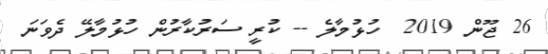
26 ޖޫން 2019  ހުޅުމާލެ -- ކުރީ ސަރުކާރުން ހުޅުމާލޭ ދެވަނަ